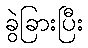
ခွဲခြားပြီး